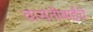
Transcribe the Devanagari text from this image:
वासंतीबाईंचे